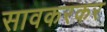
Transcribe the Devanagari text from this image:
सावकरकर